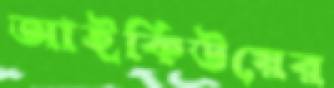
আইকিউয়ের